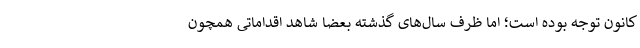
کانون توجه بوده است؛ اما ظرف سال‌های گذشته بعضا شاهد اقداماتی همچون